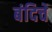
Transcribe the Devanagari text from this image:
बंदिचे